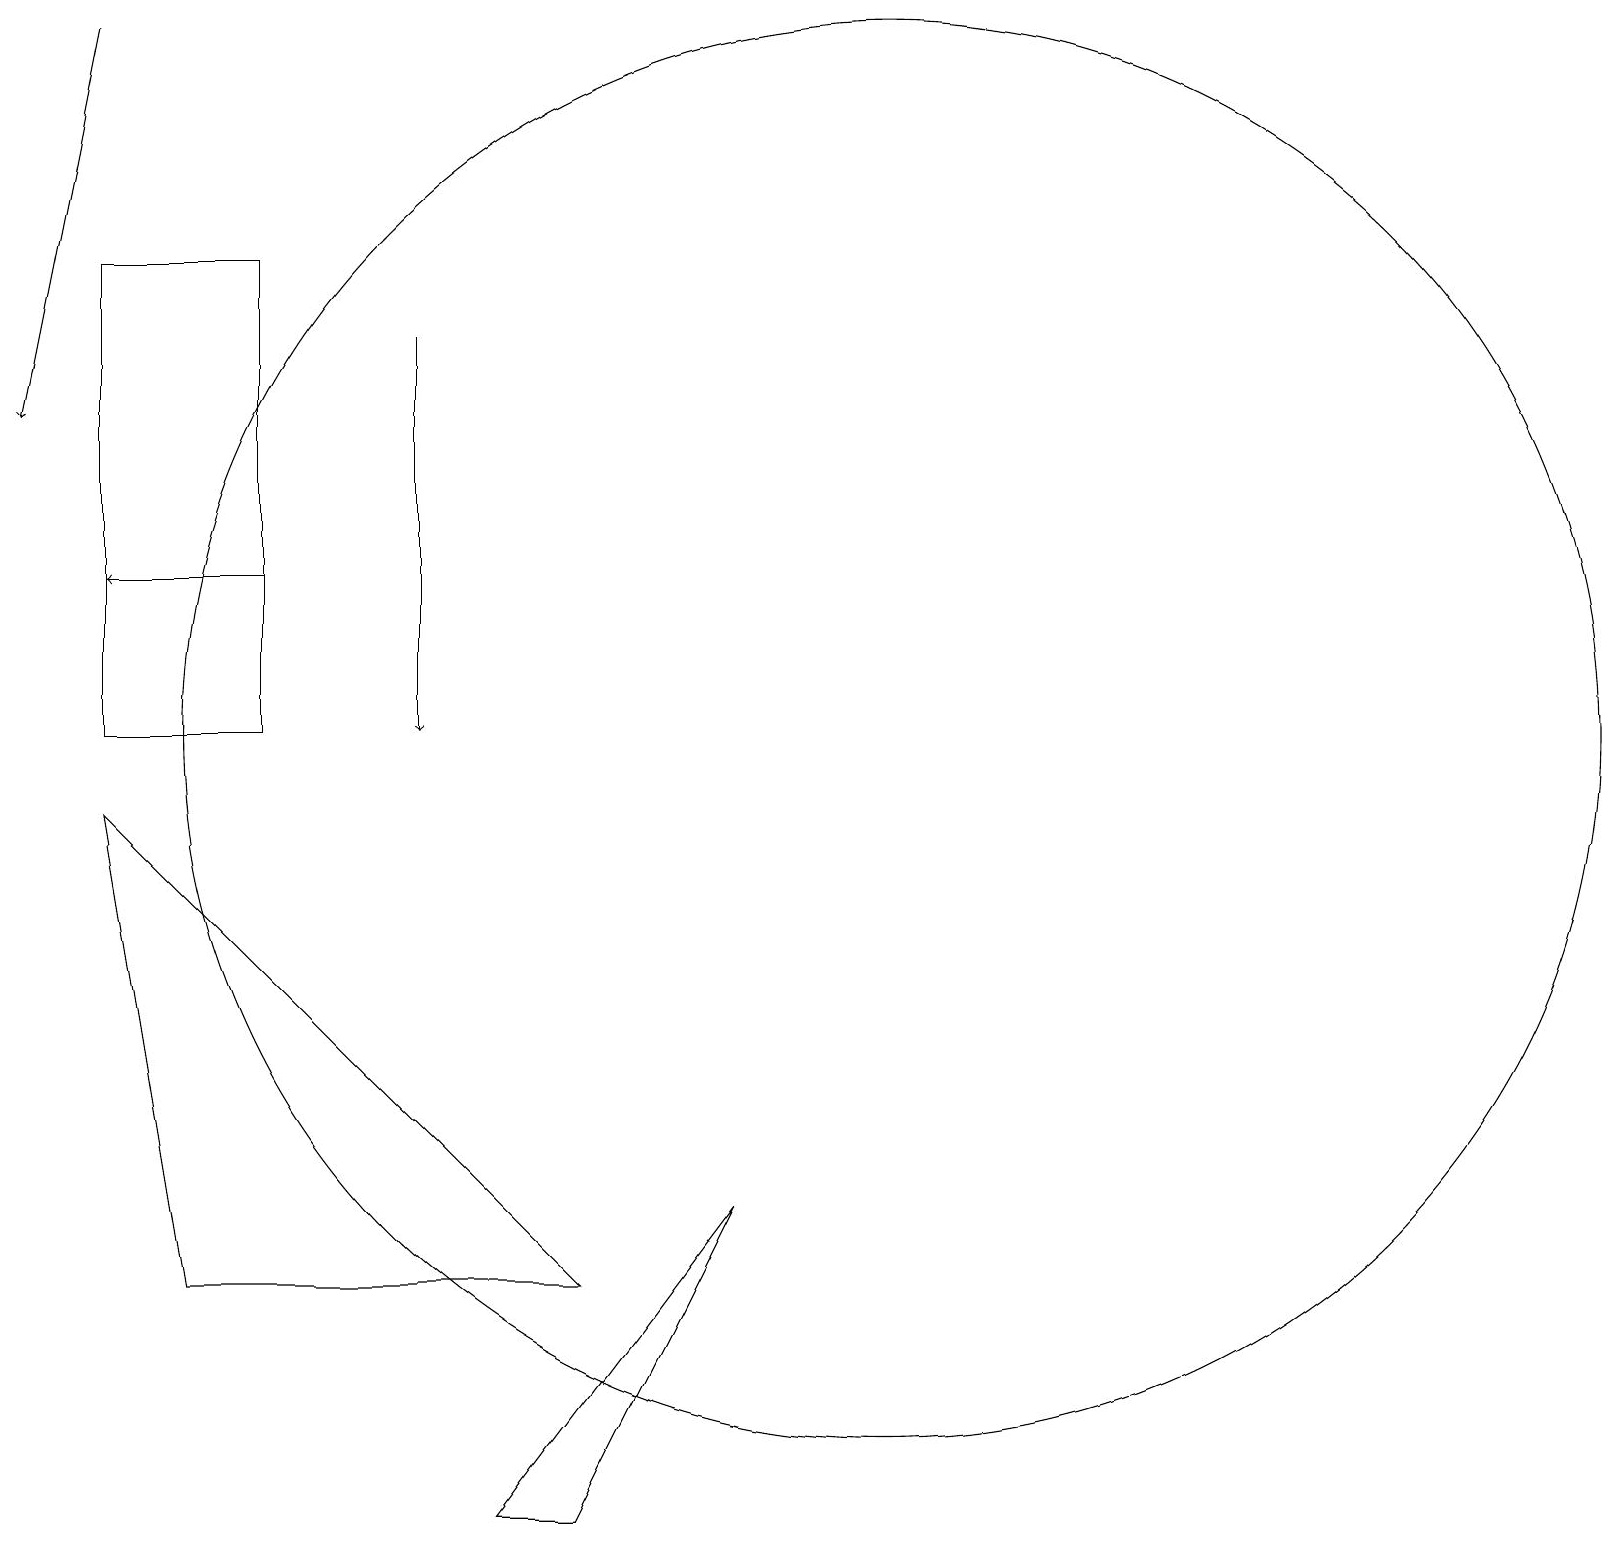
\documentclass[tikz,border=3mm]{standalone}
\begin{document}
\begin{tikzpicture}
\draw (1,16) rectangle (3,10);
\draw (11,11) circle (0);
\draw[->] (5,15) -- (5,10);
\draw (11,10) circle (9);
\draw[->] (3,12) -- (1,12);
\draw (6,0) -- (9,4) -- (7,0) -- cycle;
\draw[->] (1,19) -- (0,14);
\draw (1,9) -- (7,3) -- (2,3) -- cycle;
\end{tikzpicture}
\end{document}